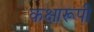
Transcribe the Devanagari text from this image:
कक्षारूपी